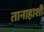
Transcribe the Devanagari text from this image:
तानाहाशी